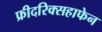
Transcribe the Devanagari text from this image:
फ्रीदरिक्सहाफेन